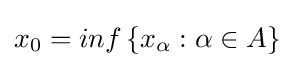
x_{0}=inf\left\{x_{\alpha }:\alpha \in A\right\}